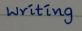
writing